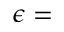
\epsilon =